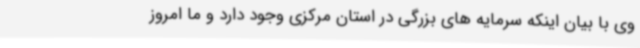
وی با بیان اینکه سرمایه های بزرگی در استان مرکزی وجود دارد و ما امروز